Annual report of the Bengal Veterinary College and of the Civil Veterinary Department, Bengal, for the year 1910-1911 - 1910-1911
Year: 1910
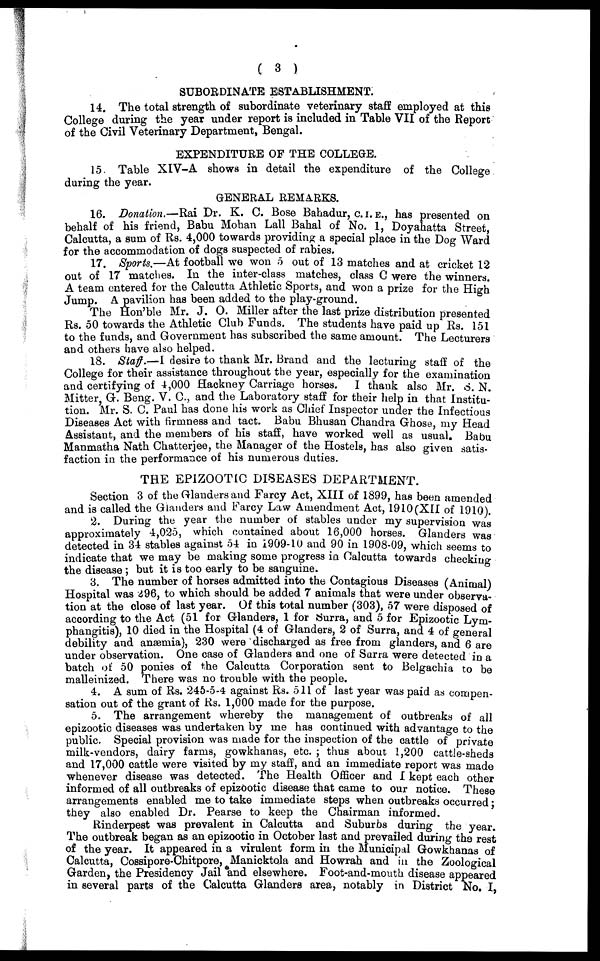
( 3 )
SUBORDINATE ESTABLISHMENT.
14. The total strength of subordinate veterinary staff employed at this
College during the year under report is included in Table VII of the Report
of the Civil Veterinary Department, Bengal.
EXPENDITURE OF THE COLLEGE.
15. Table XIV-A shows in detail the expenditure of the College
during the year.
GENERAL REMARKS.
16. Donation.—Rai Dr. K. C. Bose Bahadur, C. I. E., has presented on
behalf of his friend, Babu Mohan Lall Bahal of No. 1, Doyahatta Street,
Calcutta, a sum of Rs. 4,000 towards providing a special place in the Dog Ward
for the accommodation of dogs suspected of rabies.
17. Sports.—At football we won 5 out of 13 matches and at cricket 12
out of 17 matches. In the inter-class matches, class C were the winners.
A team entered for the Calcutta Athletic Sports, and won a prize for the High
Jump. A pavilion has been added to the play-ground.
The Hon'ble Mr. J. O. Miller after the last prize distribution presented
Rs. 50 towards the Athletic Club Funds. The students have paid up Rs. 151
to the funds, and Government has subscribed the same amount. The Lecturers
and others have also helped.
18. Staff.—I desire to thank Mr. Brand and the lecturing staff of the
College for their assistance throughout the year, especially for the examination
and certifying of 4,000 Hackney Carriage horses. I thank also Mr. S. N.
Mitter, G. Beng. V. C, and the Laboratory staff for their help in that Institu-
tion. Mr. S. C. Paul has done his work as Chief Inspector under the Infectious
Diseases Act with firmness and tact. Babu Bhusan Chandra Ghose, my Head
Assistant, and the members of his staff, have worked well as usual. Babu
Manmatha Nath Chatterjee, the Manager of the Hostels, has also given satis-
faction in the performance of his numerous duties.
THE EPIZOOTIC DISEASES DEPARTMENT.
Section 3 of the Glanders and Farcy Act, XIII of 1899, has been amended
and is called the Glanders and Farcy Law Amendment Act, 1910(XII of 1910).
2. During the year the number of stables under my supervision was
approximately 4,025, which contained about 16,000 horses. Glanders was
detected in 34 stables against 54 in 1909-10 and 90 in 1908-09, which seems to
indicate that we may be making some progress in Calcutta towards checking
the disease ; but it is too early to be sanguine.
3. The number of horses admitted into the Contagious Diseases (Animal)
Hospital was 496, to which should be added 7 animals that were under observa-
tion at the close of last year. Of this total number (303), 57 were disposed of
according to the Act (51 for Glanders, 1 for Surra, and 5 for Epizootic Lym-
phangitis), 10 died in the Hospital (4 of Glanders, 2 of Surra, and 4 of general
debility and anæmia), 230 were discharged as free from glanders, and 6 are
under observation. One case of Glanders and one of Surra were detected in a
batch of 50 ponies of the Calcutta Corporation sent to Belgachia to be
malleinized. There was no trouble with the people.
4. A sum of Rs. 245-5-4 against Rs. 511 of last year was paid as compen-
sation out of the grant of Rs. 1,000 made for the purpose.
5. The arrangement whereby the management of outbreaks of all
epizootic diseases was undertaken by me has continued with advantage to the
public. Special provision was made for the inspection of the cattle of private
milk-vendors, dairy farms, gowkhanas, etc. ; thus about 1,200 cattle-sheds
and 17,000 cattle were visited by my staff, and an immediate report was made
whenever disease was detected. The Health Officer and I kept each other
informed of all outbreaks of epizootic disease that came to our notice. These
arrangements enabled me to take immediate steps when outbreaks occurred;
they also enabled Dr. Pearse to keep the Chairman informed.
Rinderpest was prevalent in Calcutta and Suburbs during the year.
The outbreak began as an epizootic in October last and prevailed during the rest
of the year. It appeared in a virulent form in the Municipal Gowkhanas of
Calcutta, Cossipore-Chitpore, Manicktola and Howrah and in the Zoological
Garden, the Presidency Jail and elsewhere. Foot-and-mouth disease appeared
in several parts of the Calcutta Glanders area, notably in District No. I ,